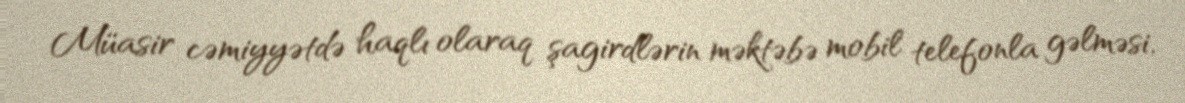
Müasir cəmiyyətdə haqlı olaraq şagirdlərin məktəbə mobil telefonla gəlməsi,